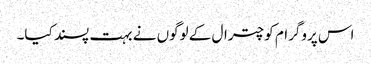
اس پروگرام کو چترال کے لوگوں نے بہت پسند کیا۔